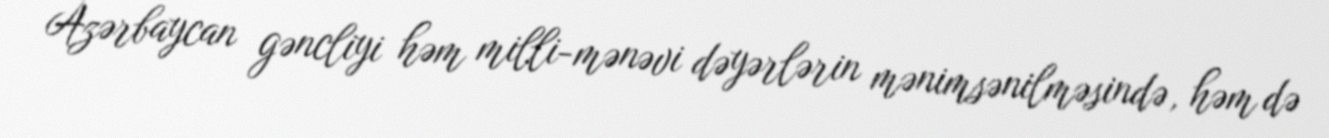
Azərbaycan gəncliyi həm milli-mənəvi dəyərlərin mənimsənilməsində, həm də